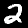
Label: 2